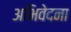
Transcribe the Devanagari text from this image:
अभिवेदना